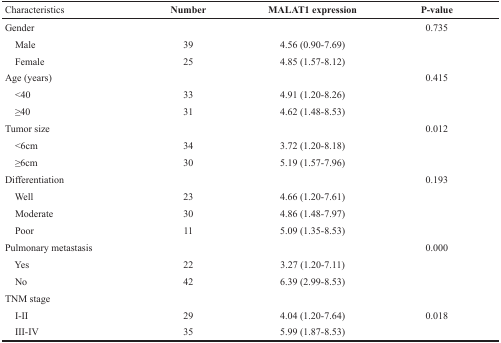
| Characteristics | Number | MALAT1 expression | P-value |
 | --- | --- | --- | --- |
 | Gender |  |  | 0.735 |
 | Male | 39 | 4.56 (0.90-7.69) |  |
 | Female | 25 | 4.85 (1.57-8.12) |  |
 | Age (years) |  |  | 0.415 |
 | <40 | 33 | 4.91 (1.20-8.26) |  |
 | ≥40 | 31 | 4.62 (1.48-8.53) |  |
 | Tumor size |  |  | 0.012 |
 | <6cm | 34 | 3.72 (1.20-8.18) |  |
 | ≥6cm | 30 | 5.19 (1.57-7.96) |  |
 | Differentiation |  |  | 0.193 |
 | Well | 23 | 4.66 (1.20-7.61) |  |
 | Moderate | 30 | 4.86 (1.48-7.97) |  |
 | Poor | 11 | 5.09 (1.35-8.53) |  |
 | Pulmonary metastasis |  |  | 0.000 |
 | Yes | 22 | 3.27 (1.20-7.11) |  |
 | No | 42 | 6.39 (2.99-8.53) |  |
 | TNM stage |  |  |  |
 | I-II | 29 | 4.04 (1.20-7.64) | 0.018 |
 | III-IV | 35 | 5.99 (1.87-8.53) |  |